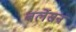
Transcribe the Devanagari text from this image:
बर्लेसन